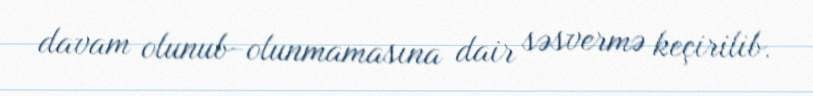
davam olunub-olunmamasına dair səsvermə keçirilib.